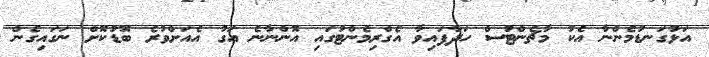
އަޅުގަނޑުމެންނާ އެކު މާޗެންޓުސް ހަދާފައިވާ އެގްރިމެންޓުގައި އޮންނާނެ އަގު އެއަށްވުރެ ބޮޑުކޮށް ނަގައިގެން